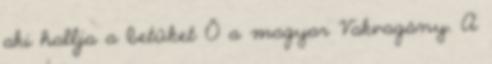
aki hallja a betűket Ő a magyar Vakvagány. A